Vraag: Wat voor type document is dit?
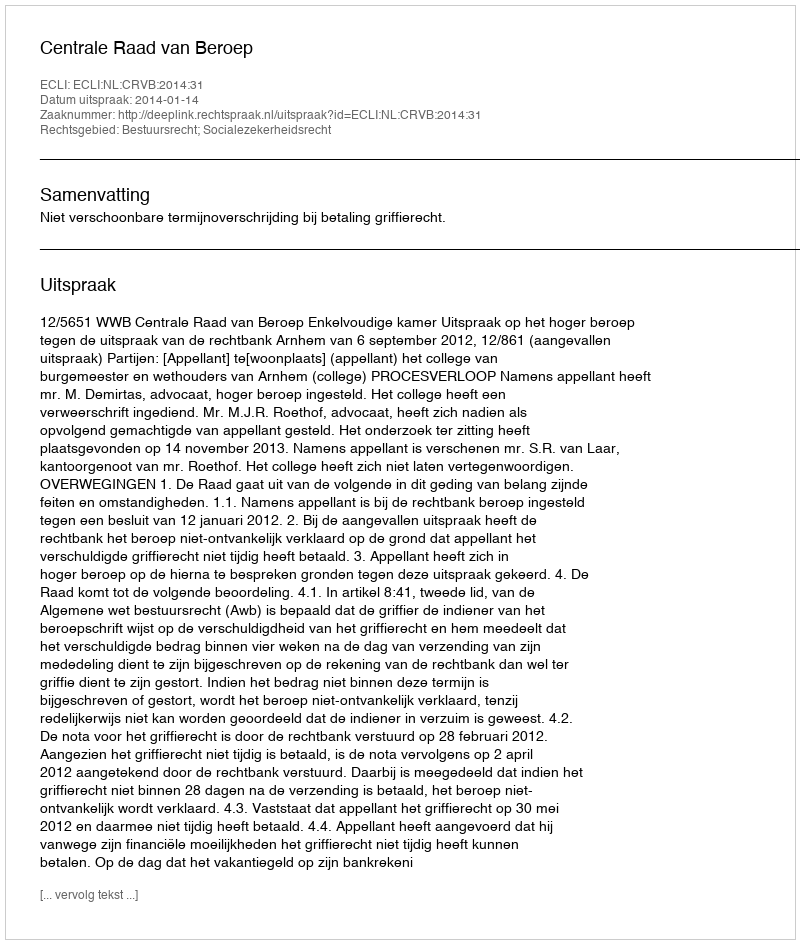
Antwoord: Uitspraak